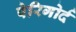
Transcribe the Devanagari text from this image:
पेरिगोर्द